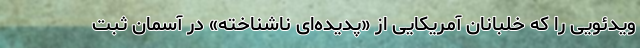
ویدئویی را که خلبانان آمریکایی از «پدیده‌ای ناشناخته» در آسمان ثبت